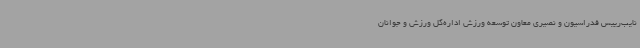
نایب‌رییس فدراسیون و نصیری معاون توسعه ورزش اداره‌کل ورزش و جوانان